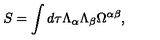
S = \int d \tau \Lambda _ { \alpha } \Lambda _ { \beta } \Omega ^ { \alpha \beta } ,